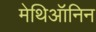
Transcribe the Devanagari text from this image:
मेथिऑनिन